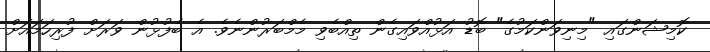
ކޮމިޝަންގައި "މިނިވަންކަމުގެ" ބޮޑު އަޅުއްވައިގެން ތިއްބެވި މެމްބަރުންނެވެ. އެ ބެފުޅުން ވަރަށް ފުރިހަމައަށް